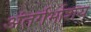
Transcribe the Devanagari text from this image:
अंतर्गर्भाशय